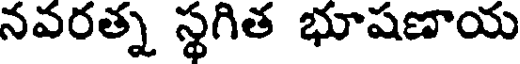
నవరత్న స్థగిత భూషణాయ